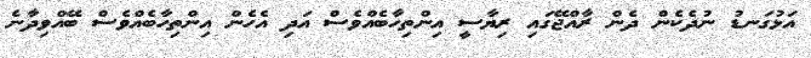
އަޅުގަނޑު ނުދެކެން ދެން ރާއްޖޭގައި ރިޔާސީ އިންތިހާބެއްވެސް އަދި އެހެން އިންތިހާބެއްވެސް ބޭއްވިދާނެ